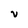
Character: V